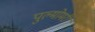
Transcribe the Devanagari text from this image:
पुल्मोमरी